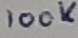
Text: 100K